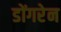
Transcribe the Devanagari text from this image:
डोंगरेन